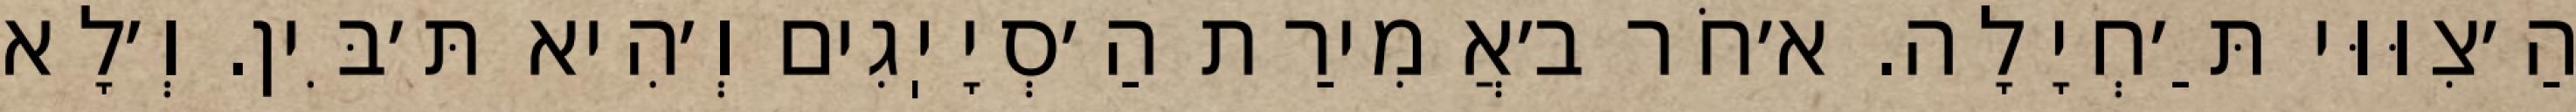
הַ׳צִוּוּי תַּ׳חְיָלָה. א׳חֹר ב׳אֲמִירַת הַ׳סְיָיֽגִים וְ׳הִיא תּ׳בִּין. וְ׳לָא